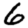
Digit: 6